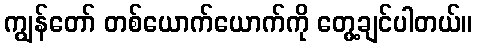
ကျွန်တော် တစ်ယောက်ယောက်ကို တွေ့ချင်ပါတယ်။